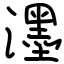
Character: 濹